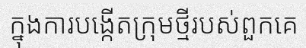
ក្នុងការបង្កើតក្រុមថ្មីរបស់ពួកគេ